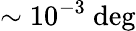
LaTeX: \sim 10^{-3}~\mathrm{deg}